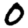
Digit: 0